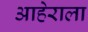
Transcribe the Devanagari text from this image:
आहेराला